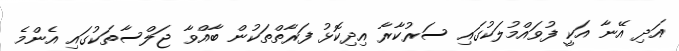
އަދި އޭނާ އަކީ ފުވައްމުލަކުގައި ސަރުކާރާ އިދިކޮޅު ފަރާތްތަކުން ބާއްވާ ޖަލްސާތަކުގައި އެންމެ